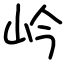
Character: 岒